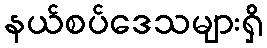
နယ်စပ်ဒေသများရှိ